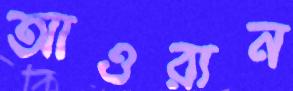
আওরান